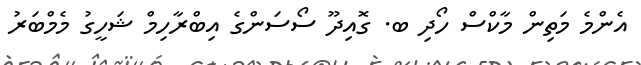
އެންމެ މަތިން މާކްސް ހޯދި ބ. ގޮއިދޫ ސޯސަންގެ އިބްރާހިމް ޝަހީގު މެމްބަރު